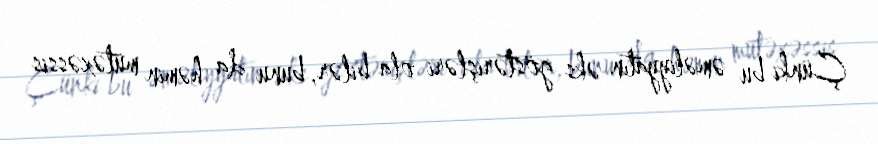
Çünki bu əməliyyatın əks göstərişləri ola bilər, bunu da həmin mütəxəssis